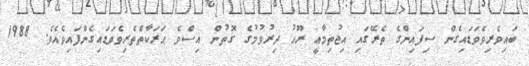
ބައިވެރިވެވަޑައިގެން ސިފައިންގެ ތެރޭގައި އިޖުތިމާޢީ ރޫޙު ދިރުވުމުގެ ގޮތުން އިސްވެ ޙަރަކާތްތެރިވެވަޑައިގެންފައިވެއެވެ. 1988